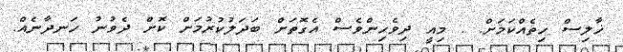
ޚާލިސް ހިތެއްކަމަށް. . މިއީ ދިވެހިންވެސް އެގޮތަށް ބަދަލުކުރުމަށް ކޮށް ދެވުނު ހަނދާނެއް.